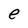
Character: e